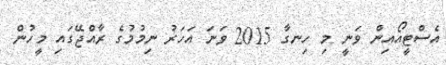
އެސްޓީއޯއިން ވަނީ މި ހިނގާ 2015 ވަަނަ އަހަރު ނިމުމުގެ ރާއްޖޭގައި މީހުން